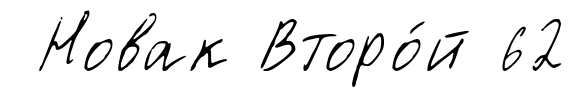
Новак Второ́й 62